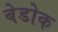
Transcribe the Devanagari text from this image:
बेडोक